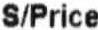
S/PRICE